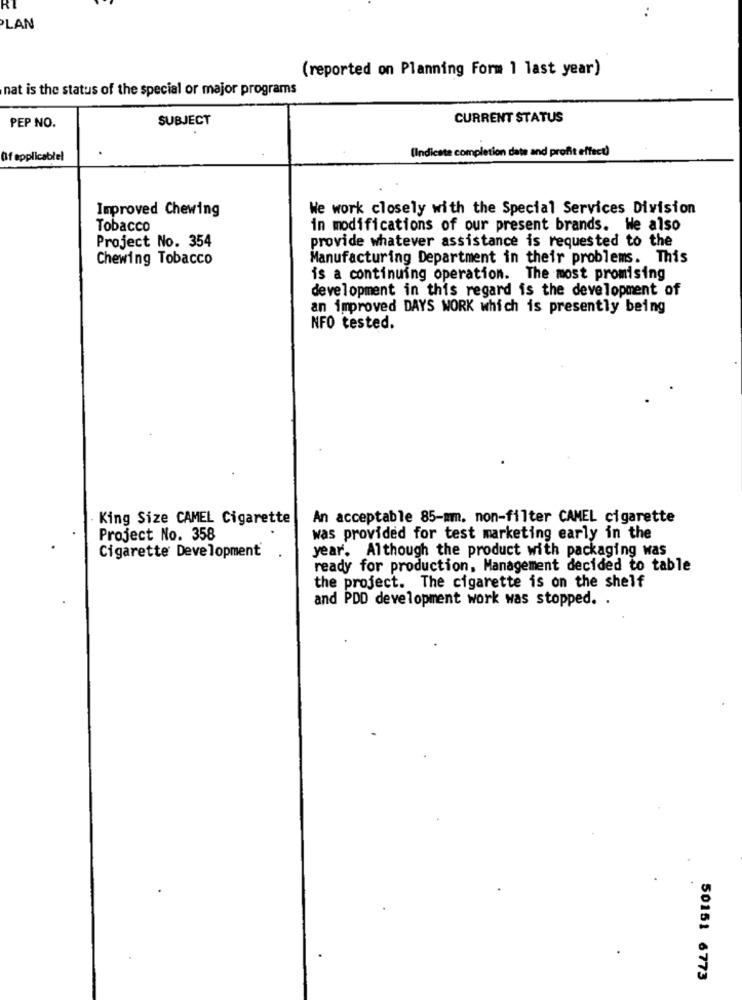
PLAN
(reported on Planning Form 1 last year)
nat is the status of the special or major programs
PEP NO.
SUBJECT
CURRENT STATUS
(Indicate completion date and profit effect)
Of applicablel
Improved Chewing
We work closely with the Special Services Division
Tobacco
in modifications of our present brands. We also
provide whatever assistance is requested to the
Project No. 354
Chewing Tobacco
Manufacturing Department in their problems. This
is a continuing operation. The most promising
development in this regard is the development of
an improved DAYS WORK which is presently being
NFO tested.
King Size CAMEL Cigarette
An acceptable 85-mm. non-filter CAMEL cigarette
Project No. 358
was provided for test marketing early in the
Cigarette Development
year. Although the product with packaging was
ready for production, Management decided to table
the project. The cigarette is on the shelf
and PDD development work was stopped. .
50151 6773